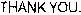
THANK YOU.